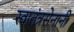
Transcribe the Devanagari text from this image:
स्वातंत्रसेनानी